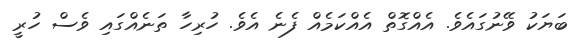
ބަޔަކު ވޭނުގައެވެ. އެއްގޮތް އެއްކަމެއް ފެނެ އެވެ. ހުރިހާ ތަނެއްގައި ވެސް ހުރީ